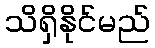
သိရှိနိုင်မည်